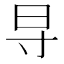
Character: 𬁟